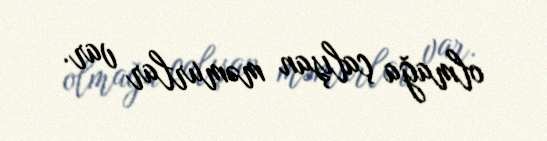
olmağa çalışan məmurlar var.